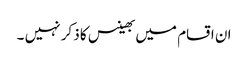
ان اقسام میں بھینس کا ذکر نہیں ۔